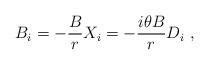
LaTeX: \begin{align*}B_i = -\frac{B}{r} X_i = - \frac{i\theta B}{r} D_i~,\end{align*}